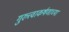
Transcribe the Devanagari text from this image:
गुरुत्त्वाकर्षणाच्या